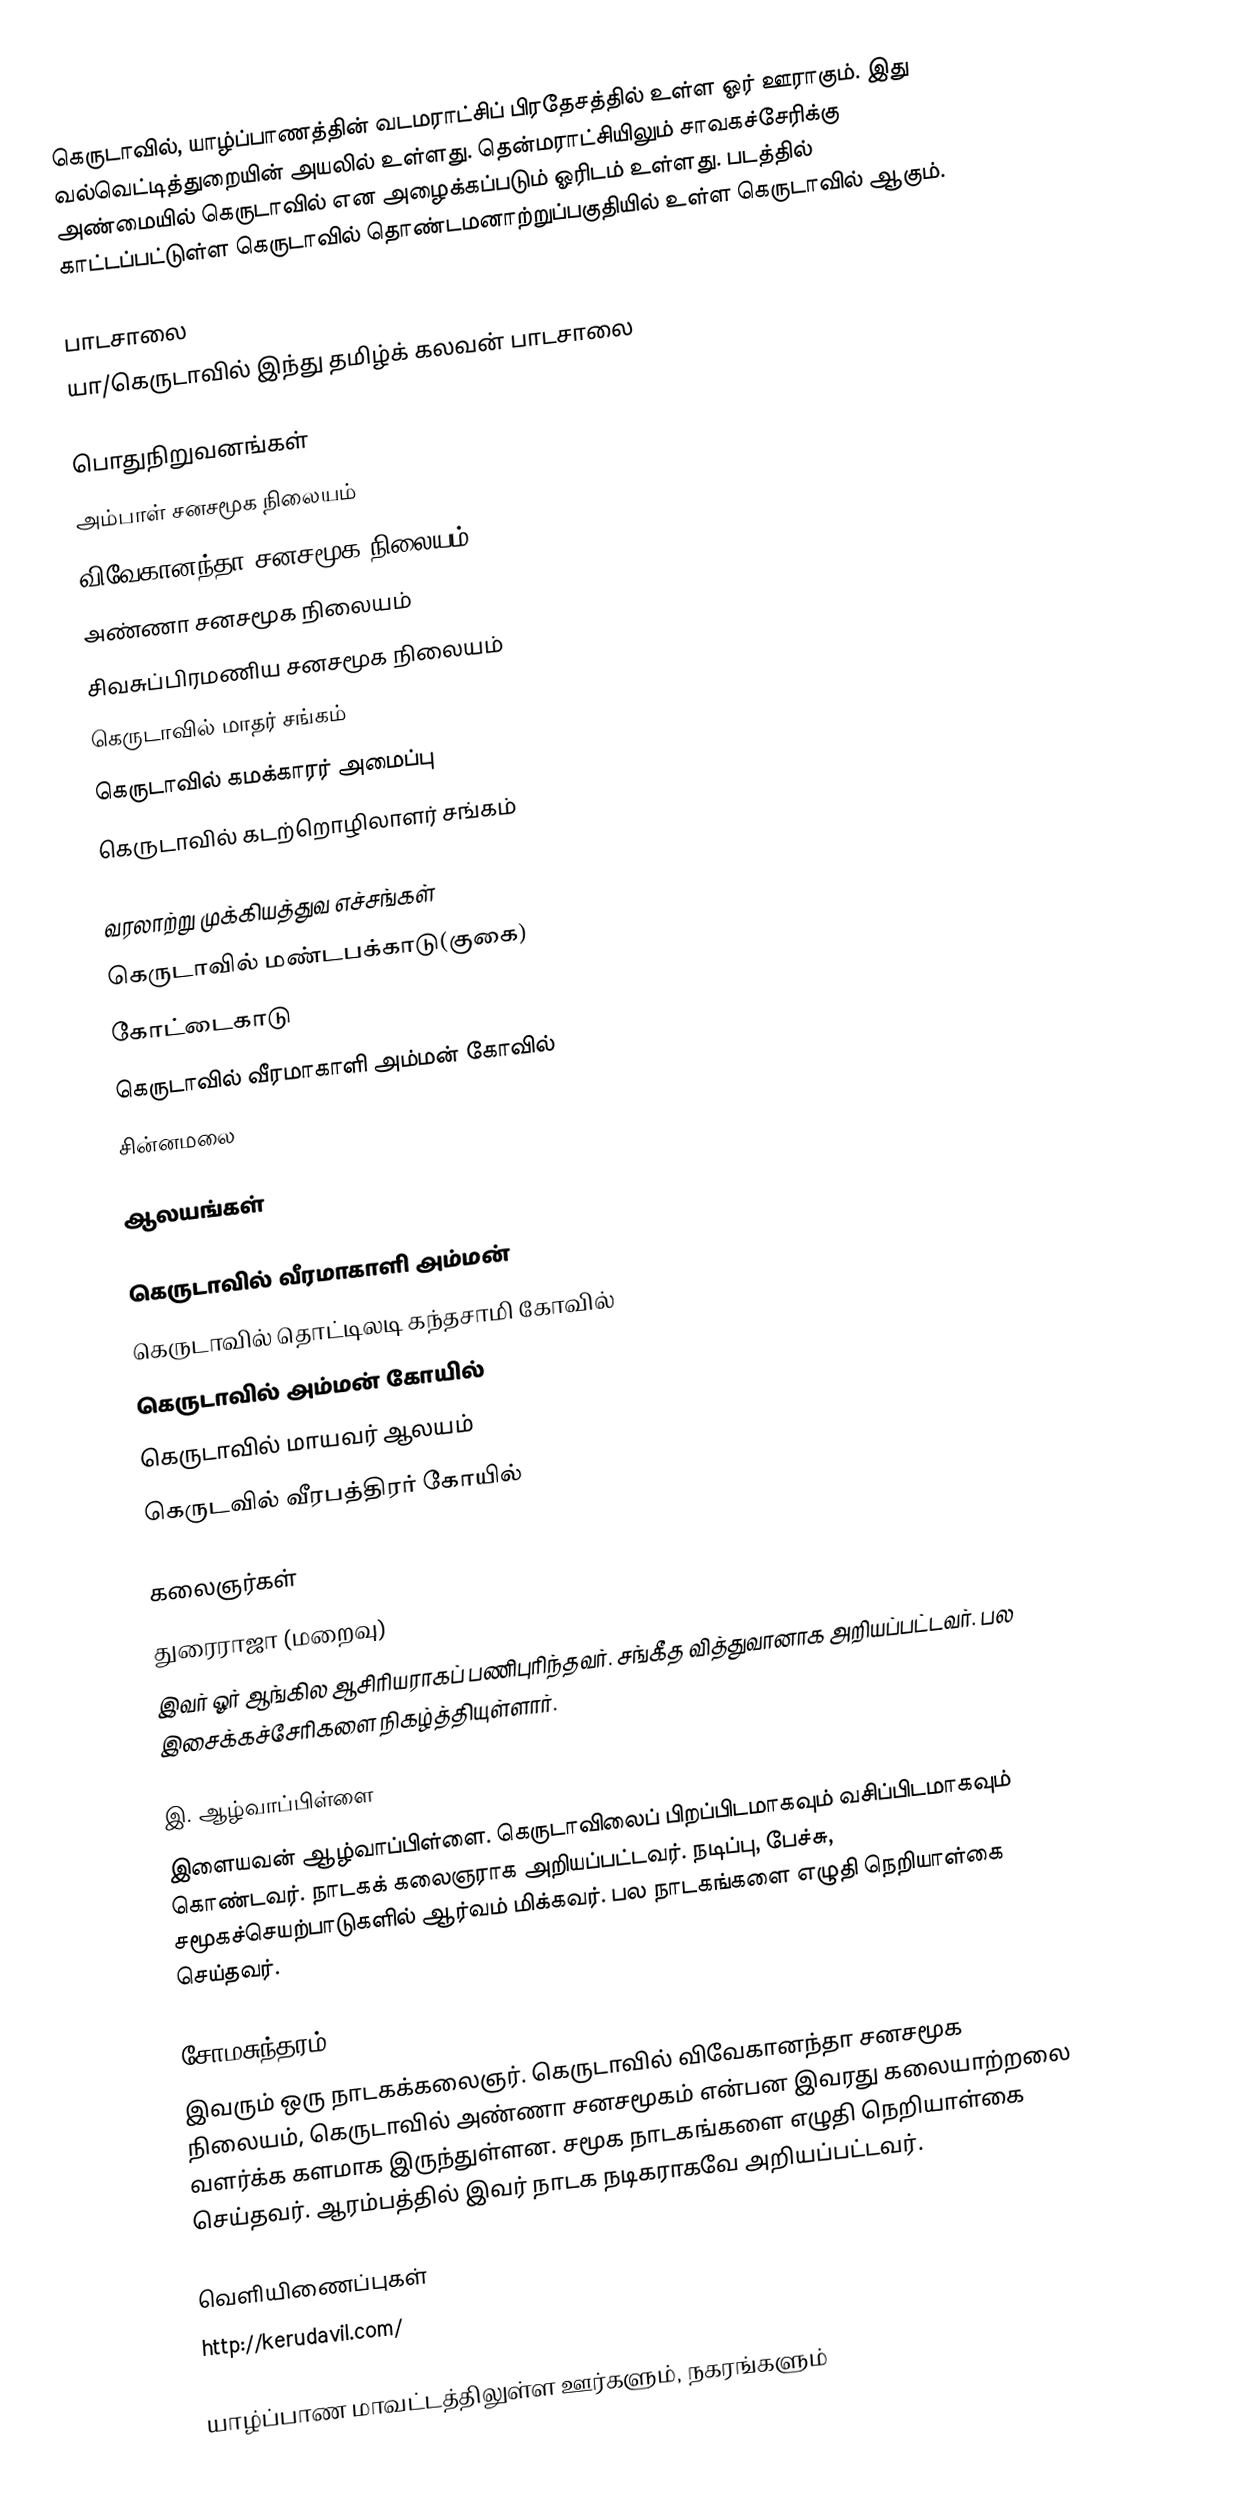
கெருடாவில், யாழ்ப்பாணத்தின் வடமராட்சிப் பிரதேசத்தில் உள்ள ஓர் ஊராகும். இது வல்வெட்டித்துறையின் அயலில் உள்ளது. தென்மராட்சியிலும் சாவகச்சேரிக்கு அண்மையில் கெருடாவில் என அழைக்கப்படும் ஓரிடம் உள்ளது. படத்தில் காட்டப்பட்டுள்ள கெருடாவில் தொண்டமனாற்றுப்பகுதியில் உள்ள கெருடாவில் ஆகும்.

பாடசாலை
யா/கெருடாவில் இந்து தமிழ்க் கலவன் பாடசாலை

பொதுநிறுவனங்கள்
அம்பாள் சனசமூக நிலையம்
விவேகானந்தா சனசமூக நிலையம்
அண்ணா சனசமூக நிலையம்
சிவசுப்பிரமணிய சனசமூக நிலையம்
கெருடாவில் மாதர் சங்கம்
கெருடாவில் கமக்காரர் அமைப்பு
கெருடாவில் கடற்றொழிலாளர் சங்கம்

வரலாற்று முக்கியத்துவ எச்சங்கள்
கெருடாவில் மண்டபக்காடு(குகை)
கோட்டைகாடு
கெருடாவில் வீரமாகாளி அம்மன் கோவில்
சின்னமலை

ஆலயங்கள்

கெருடாவில் வீரமாகாளி அம்மன்
கெருடாவில் தொட்டிலடி கந்தசாமி கோவில்
கெருடாவில் அம்மன் கோயில்
கெருடாவில் மாயவர் ஆலயம்
கெருடவில் வீரபத்திரர் கோயில்

கலைஞர்கள்
துரைராஜா (மறைவு)
இவர் ஓர் ஆங்கில ஆசிரியராகப் பணிபுரிந்தவர். சங்கீத வித்துவானாக அறியப்பட்டவர். பல இசைக்கச்சேரிகளை நிகழ்த்தியுள்ளார்.

இ. ஆழ்வாப்பிள்ளை
இளையவன் ஆழ்வாப்பிள்ளை. கெருடாவிலைப் பிறப்பிடமாகவும் வசிப்பிடமாகவும் கொண்டவர். நாடகக் கலைஞராக அறியப்பட்டவர். நடிப்பு, பேச்சு, சமூகச்செயற்பாடுகளில் ஆர்வம் மிக்கவர். பல நாடகங்களை எழுதி நெறியாள்கை செய்தவர்.

சோமசுந்தரம்
இவரும் ஒரு நாடகக்கலைஞர். கெருடாவில் விவேகானந்தா சனசமூக நிலையம், கெருடாவில் அண்ணா சனசமூகம் என்பன இவரது கலையாற்றலை வளர்க்க களமாக இருந்துள்ளன. சமூக நாடகங்களை எழுதி நெறியாள்கை செய்தவர். ஆரம்பத்தில் இவர் நாடக நடிகராகவே அறியப்பட்டவர்.

வெளியிணைப்புகள்
 http://kerudavil.com/

யாழ்ப்பாண மாவட்டத்திலுள்ள ஊர்களும், நகரங்களும்